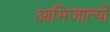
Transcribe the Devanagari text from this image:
आभिजात्यों